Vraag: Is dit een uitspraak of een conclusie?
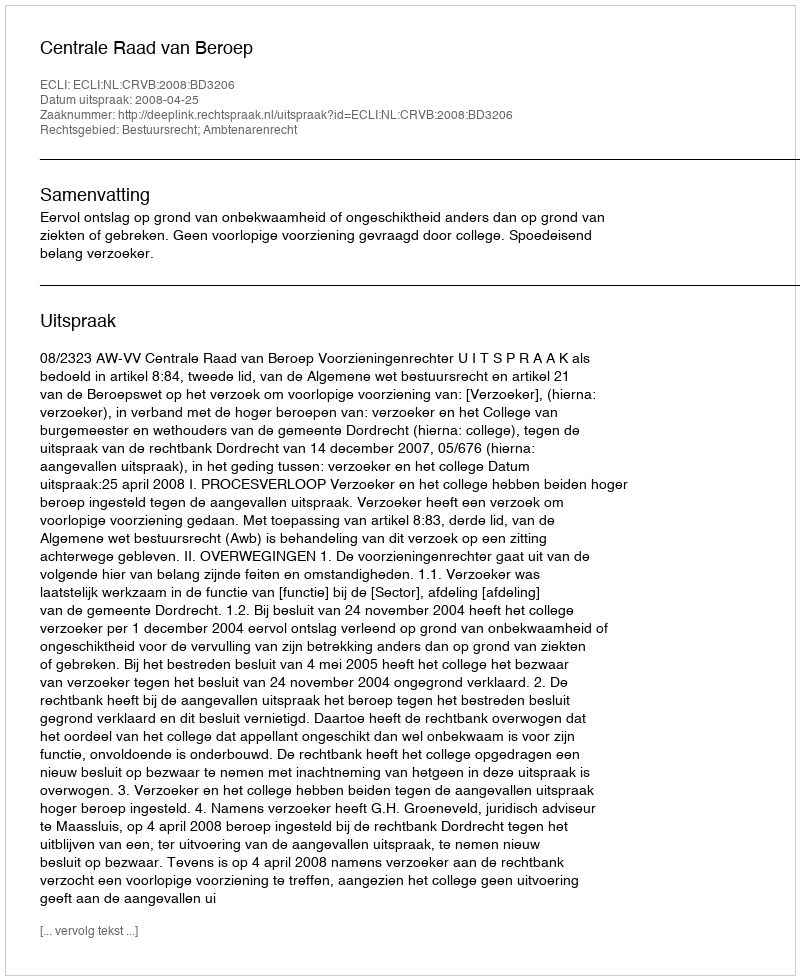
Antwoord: Uitspraak